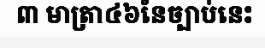
៣ មាត្រា៤៦នៃច្បាប់នេះ